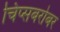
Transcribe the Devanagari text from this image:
चिप्सबरोबर